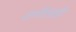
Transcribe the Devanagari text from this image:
राणीलाही